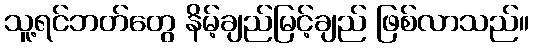
သူ့ရင်ဘတ်တွေ နိမ့်ချည်မြင့်ချည် ဖြစ်လာသည်။